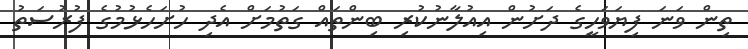
ތިން ވަނަ ފިޔަވަހީގެ ދަށުން އިއުލާނުކުރި ބިންތައް ގަތުމަށް އެދި ހުށަހެޅުމުގެ ފުރުސަތު